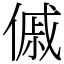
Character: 傶